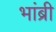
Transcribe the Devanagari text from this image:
भांब्री